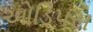
ઓડિપસ